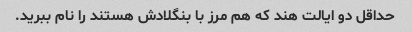
حداقل دو ایالت هند که هم مرز با بنگلادش هستند را نام ببرید.